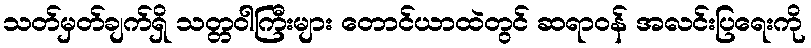
သတ်မှတ်ချက်ရှိ သတ္တဝါကြီးများ တောင်ယာထဲတွင် ဆရာဝန် အလင်းပြရေးကို